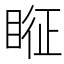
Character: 𱳂